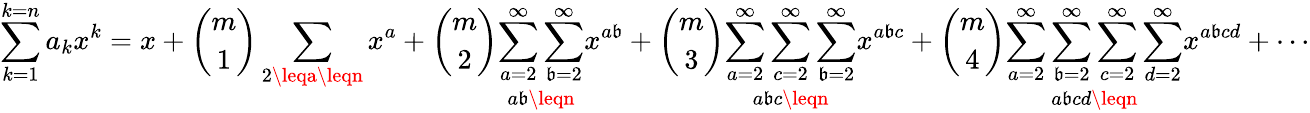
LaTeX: \sum_{k=1}^{k=n}a_{k}x^{k}=x+{\binom{m}{1}}\sum_{2\leqa\leqn}x^{a}+{\binom{m}{2}}{\underset{a\mathfrak{b}\leqn}{\sum_{a=2}^{\infty}\sum_{\mathfrak{b}=2}^{\infty}}}x^{a\mathfrak{b}}+{\binom{m}{3}}{\underset{a\mathfrak{b}c\leqn}{\sum_{a=2}^{\infty}\sum_{c=2}^{\infty}\sum_{\mathfrak{b}=2}^{\infty}}}x^{a\mathfrak{b}c}+{\binom{m}{4}}{\underset{a\mathfrak{b}cd\leqn}{\sum_{a=2}^{\infty}\sum_{\mathfrak{b}=2}^{\infty}\sum_{c=2}^{\infty}\sum_{d=2}^{\infty}}}x^{a\mathfrak{b}cd}+\cdots